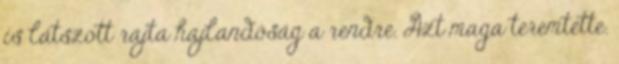
is látszott rajta hajlandóság a rendre. Azt maga teremtette.